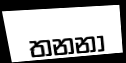
තනනා